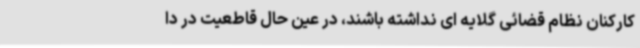
کارکنان نظام قضائی گلایه ای نداشته باشند، در عین حال قاطعیت در دا